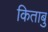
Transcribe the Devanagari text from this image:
किताबु